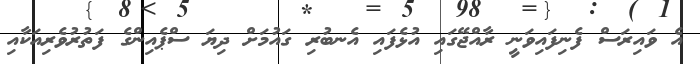
އެ ވައިރަސް ފެނިފައިވަނީ ރާއްޖޭގައި އުޅެފައި އެނބުރި ގައުމަށް ދިޔަ ސްޕެއިންގެ ފަތުރުވެރިއަކާއި